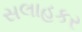
સલાહકર